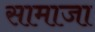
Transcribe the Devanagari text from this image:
सामाजा